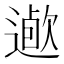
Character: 𨖯